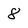
Character: 8